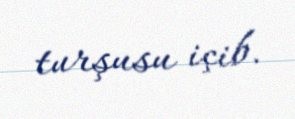
turşusu içib.